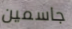
جاسمين